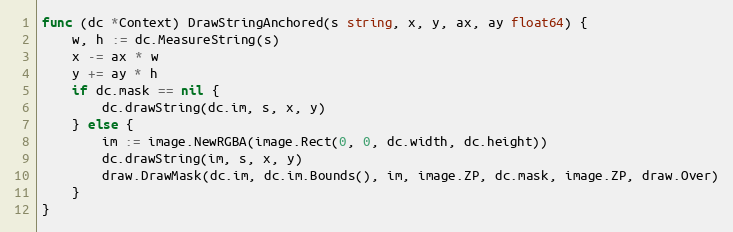
Language: Go
func (dc *Context) DrawStringAnchored(s string, x, y, ax, ay float64) {
	w, h := dc.MeasureString(s)
	x -= ax * w
	y += ay * h
	if dc.mask == nil {
		dc.drawString(dc.im, s, x, y)
	} else {
		im := image.NewRGBA(image.Rect(0, 0, dc.width, dc.height))
		dc.drawString(im, s, x, y)
		draw.DrawMask(dc.im, dc.im.Bounds(), im, image.ZP, dc.mask, image.ZP, draw.Over)
	}
}